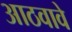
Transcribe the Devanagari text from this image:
आठवावे